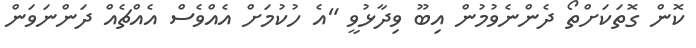
ކޮން ގޮތަކަށްތޯ ދެންނެވުމުން އިބޫ ވިދާޅުވީ "އެ ހުކުމަށް އެއްވެސް އެއްޗެއް ދަންނަވަން